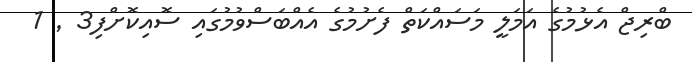
ބްރިޖް އެޅުމުގެ އަމަލީ މަސައްކަތް ފެށުމުގެ އެއްބަސްވުމުގައި ސޮއިކޮށްފި3